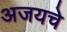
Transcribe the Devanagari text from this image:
अजयचे